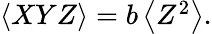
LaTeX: \begin{array}{r}{\left<XYZ\right>=b\left<Z^{2}\right>.}\end{array}